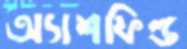
অ্যাশফিল্ড